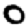
Digit: 0